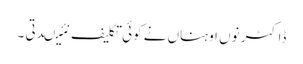
ڈاکٹر نوں اوہناں نے کوئی تکلیف نئیںدتی ۔